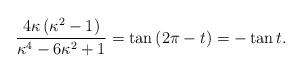
LaTeX: \begin{align*}\frac{4\kappa \left( \kappa^2 - 1 \right)}{\kappa^4 - 6\kappa^2 + 1} =\tan\left( 2\pi - t \right) =-\tan{t}.\end{align*}